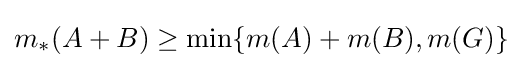
m_{*}(A+B)\geq \min\{m(A)+m(B),m(G)\}